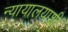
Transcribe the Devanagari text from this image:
न्यायालयाशी